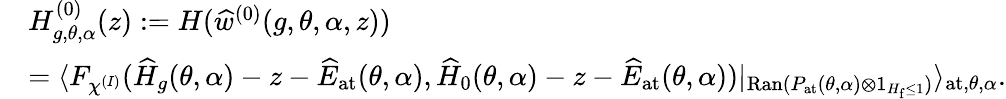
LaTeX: \begin{array}{rl}&{H_{g,\theta,\alpha}^{(0)}(z):=H(\widehat{w}^{(0)}(g,\theta,\alpha,z))}\\ &{=\langle F_{\chi^{(I)}}(\widehat{H}_{g}(\theta,\alpha)-z-\widehat{E}_{\mathrm{at}}(\theta,\alpha),\widehat{H}_{0}(\theta,\alpha)-z-\widehat{E}_{\mathrm{at}}(\theta,\alpha))|_{\mathrm{Ran}(P_{\mathrm{at}}(\theta,\alpha)\otimes 1_{H_{\mathrm{f}}\leq 1})}\rangle_{\mathrm{at},\theta,\alpha}.}\end{array}